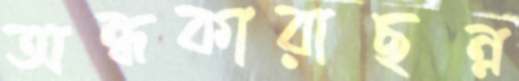
অন্ধকারাছন্ন